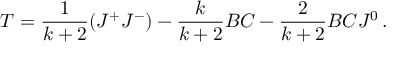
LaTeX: T = \frac { 1 } { k + 2 } ( J ^ { + } J ^ { - } ) - \frac { k } { k + 2 } B \d C - \frac { 2 } { k + 2 } B C J ^ { 0 } \, .